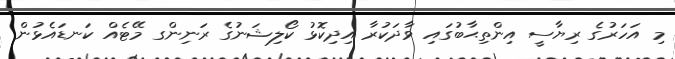
މި އަހަރުގެ ރިޔާސީ އިންތިޙާބުގައި ވާދަކުރާ އިދިކޮޅު ކޯލިޝަނުގެ ރަނިންގ މޭޓެއް ކަނޑައެޅުން